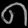
Digit: ၈